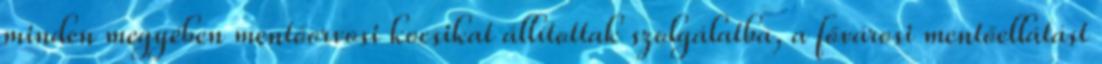
minden megyében mentőorvosi kocsikat állítottak szolgálatba, a fővárosi mentőellátást